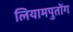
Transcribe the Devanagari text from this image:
लियामपुतोंग